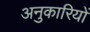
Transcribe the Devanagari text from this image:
अनुकारियों